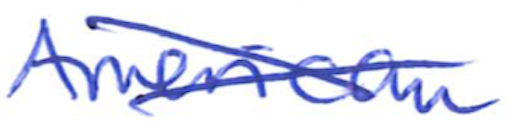
Text: American
Cross-out: cross
Writing tool: ballpoint